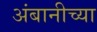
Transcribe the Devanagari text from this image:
अंबानीच्या